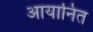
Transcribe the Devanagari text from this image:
आयानित